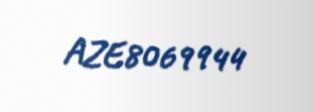
AZE8069944